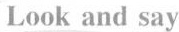
Look and say